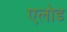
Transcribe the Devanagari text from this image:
एलोड